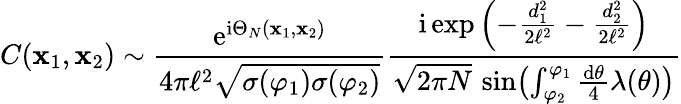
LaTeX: C(\textbf x_{1},\textbf x_{2})\sim\frac{\mathrm{e}^{\mathrm{i}\Theta_{N}(\textbf x_{1},\textbf x_{2})}}{4\pi\ell^{2}\sqrt{\sigma(\varphi_{1})\sigma(\varphi_{2})}}\frac{\mathrm{i}\exp\left(-\frac{d_{1}^{2}}{2\ell^{2}}-\frac{d_{2}^{2}}{2\ell^{2}}\right)}{\sqrt{2\pi N}\, \sin\bigl(\int_{\varphi_{2}}^{\varphi_{1}}\frac{\mathrm{d}\theta}{4}\lambda(\theta)\bigr)}